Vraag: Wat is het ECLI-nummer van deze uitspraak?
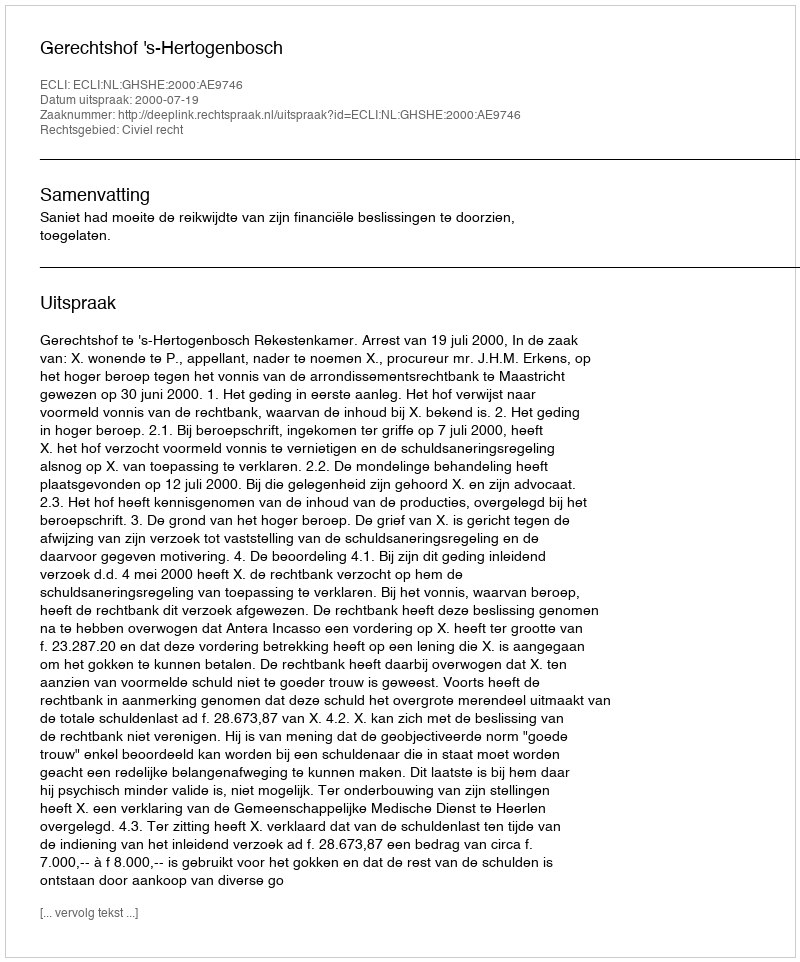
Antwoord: ECLI:NL:GHSHE:2000:AE9746